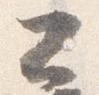
公